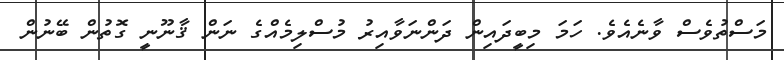
މަސްތުވެސް ވާނެއެވެ. ހަމަ މިބީދައިން ދަންނަވާއިރު މުސްލިމެއްގެ ނަން ޤާނޫނީ ގޮތުން ބޭނުން